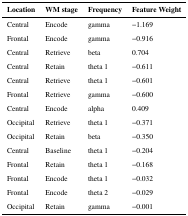
<table><thead><tr><td><b>Location</b></td><td><b>WM stage</b></td><td><b>Frequency</b></td><td><b>Feature Weight</b></td></tr></thead><tbody><tr><td>Central</td><td>Encode</td><td>gamma</td><td>−1.169</td></tr><tr><td>Frontal</td><td>Encode</td><td>gamma</td><td>−0.916</td></tr><tr><td>Central</td><td>Retrieve</td><td>beta</td><td>0.704</td></tr><tr><td>Central</td><td>Retain</td><td>theta 1</td><td>−0.611</td></tr><tr><td>Central</td><td>Retrieve</td><td>theta 1</td><td>−0.601</td></tr><tr><td>Frontal</td><td>Retrieve</td><td>gamma</td><td>−0.600</td></tr><tr><td>Central</td><td>Encode</td><td>alpha</td><td>0.409</td></tr><tr><td>Occipital</td><td>Retrieve</td><td>theta 1</td><td>−0.371</td></tr><tr><td>Occipital</td><td>Retain</td><td>beta</td><td>−0.350</td></tr><tr><td>Central</td><td>Baseline</td><td>theta 1</td><td>−0.204</td></tr><tr><td>Frontal</td><td>Retain</td><td>theta 1</td><td>−0.168</td></tr><tr><td>Frontal</td><td>Encode</td><td>theta 1</td><td>−0.032</td></tr><tr><td>Frontal</td><td>Encode</td><td>theta 2</td><td>−0.029</td></tr><tr><td>Occipital</td><td>Retain</td><td>gamma</td><td>−0.001</td></tr></tbody></table>